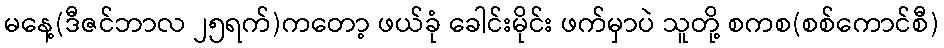
မနေ့(ဒီဇင်ဘာလ ၂၅ရက်)ကတော့ ဖယ်ခုံ ခေါင်းမိုင်း ဖက်မှာပဲ သူတို့ စကစ(စစ်ကောင်စီ)